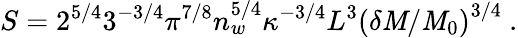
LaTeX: S=2^{5/4}3^{-3/4}\pi^{7/8}n_{w}^{5/4}\kappa^{-3/4}L^{3}\left(\delta\mathit{M}/\mathit{M}_{0}\right)^{3/4}\ .